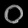
Digit: ၀